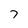
Character: 7